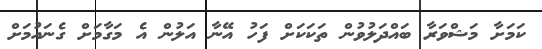
ކަމަށާ މަޝްވަރާ ބައްދަލުވުން ތަކަކަށް ފަހު އޭނާ އަލުން އެ މަގާމަށް ގެނައުމަށް